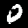
Digit: 0